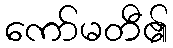
ကော်မတီ၏